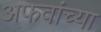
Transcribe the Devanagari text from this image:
अफवांच्या